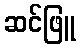
ဆင်ဖြူ